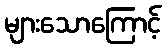
များသောကြောင့်